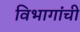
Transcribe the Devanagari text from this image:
विभागांंची